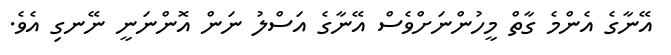
އޭނާގެ އެންމެ ގާތް މީހުންނަށްވެސް އޭނާގެ އަސްލު ނަން އޮންނަނީ ނޭނގި އެވެ.